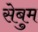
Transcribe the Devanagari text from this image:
सेबुम